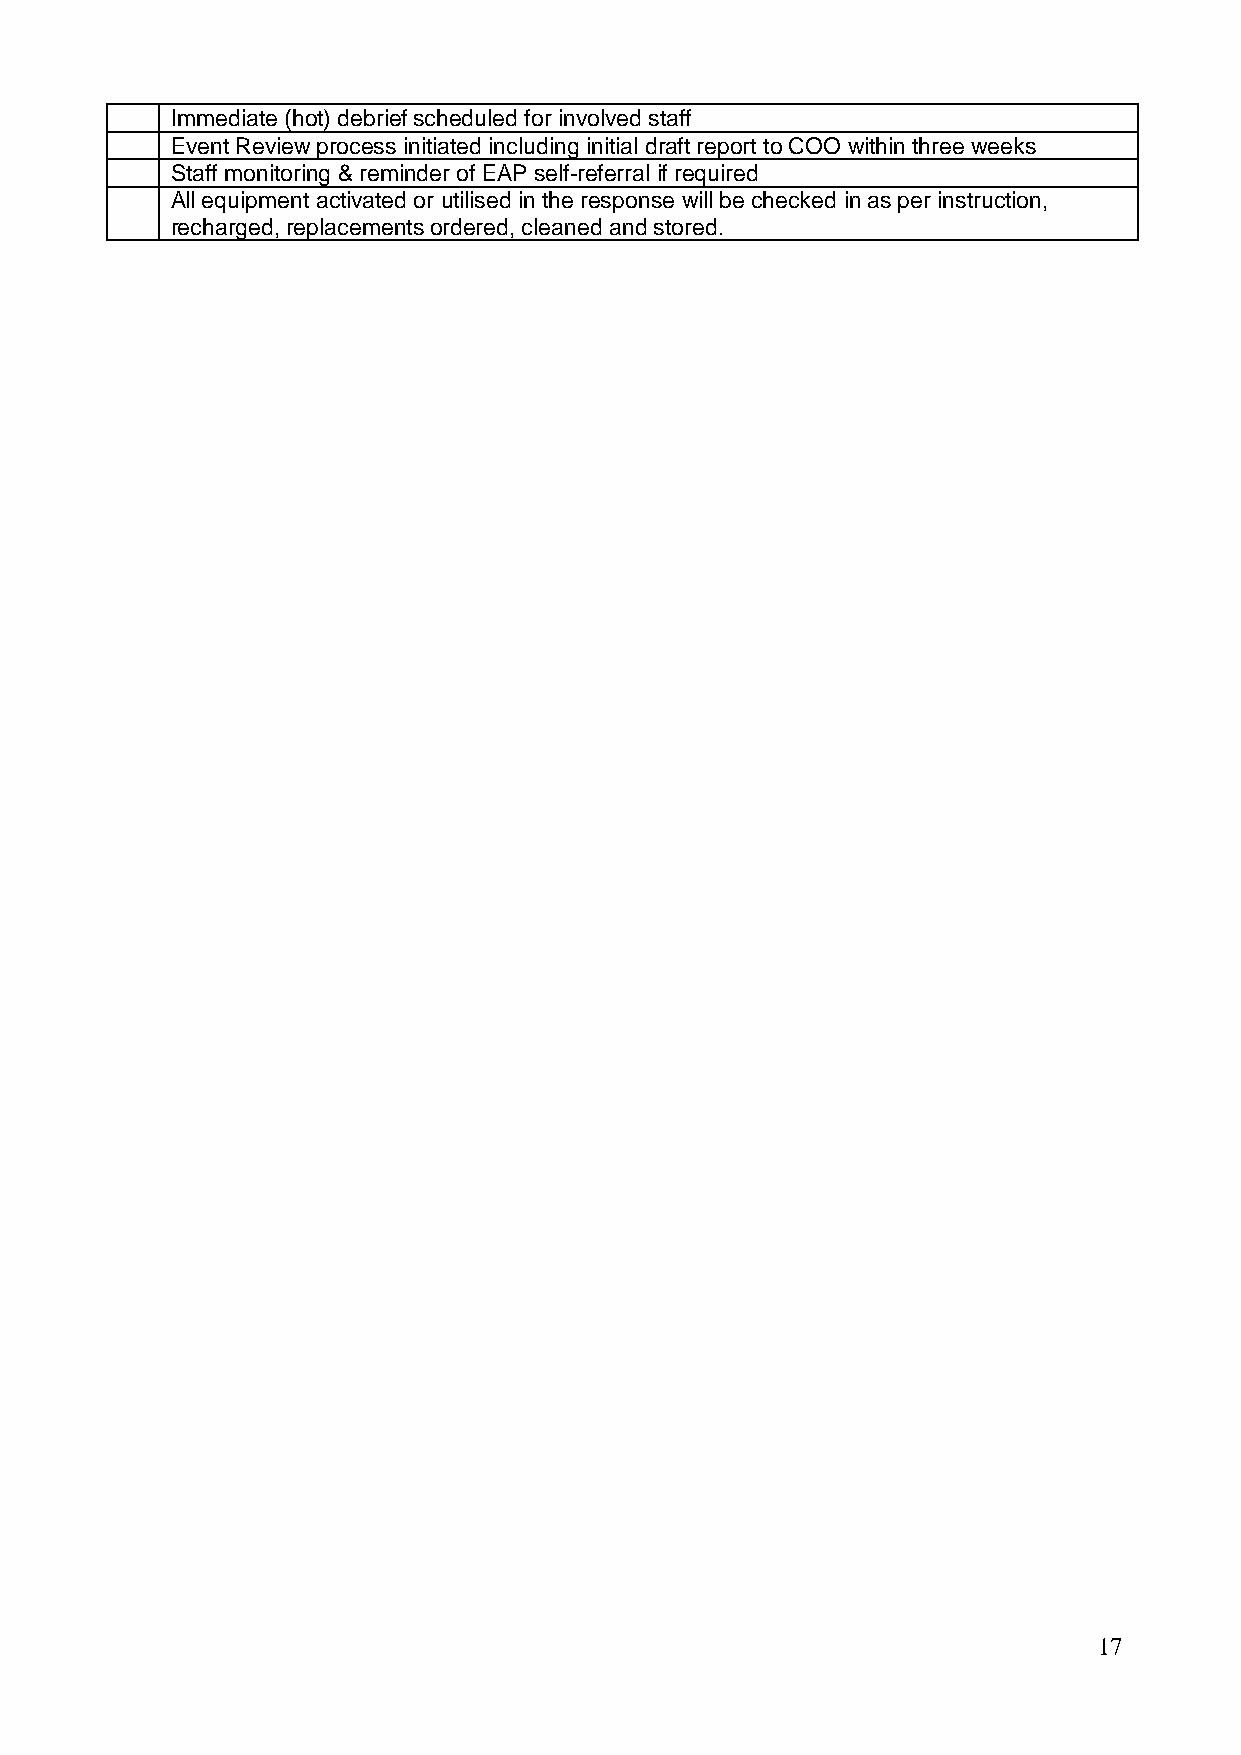
Immediate (hot) debrief scheduled for involved staff
 Event Review process initiated including initial draft report to COO within three weeks
 Staff monitoring & reminder of EAP self-referral if required
 All equipment activated or utilised in the response will be checked in as per instruction,
 recharged, replacements ordered, cleaned and stored.
 17